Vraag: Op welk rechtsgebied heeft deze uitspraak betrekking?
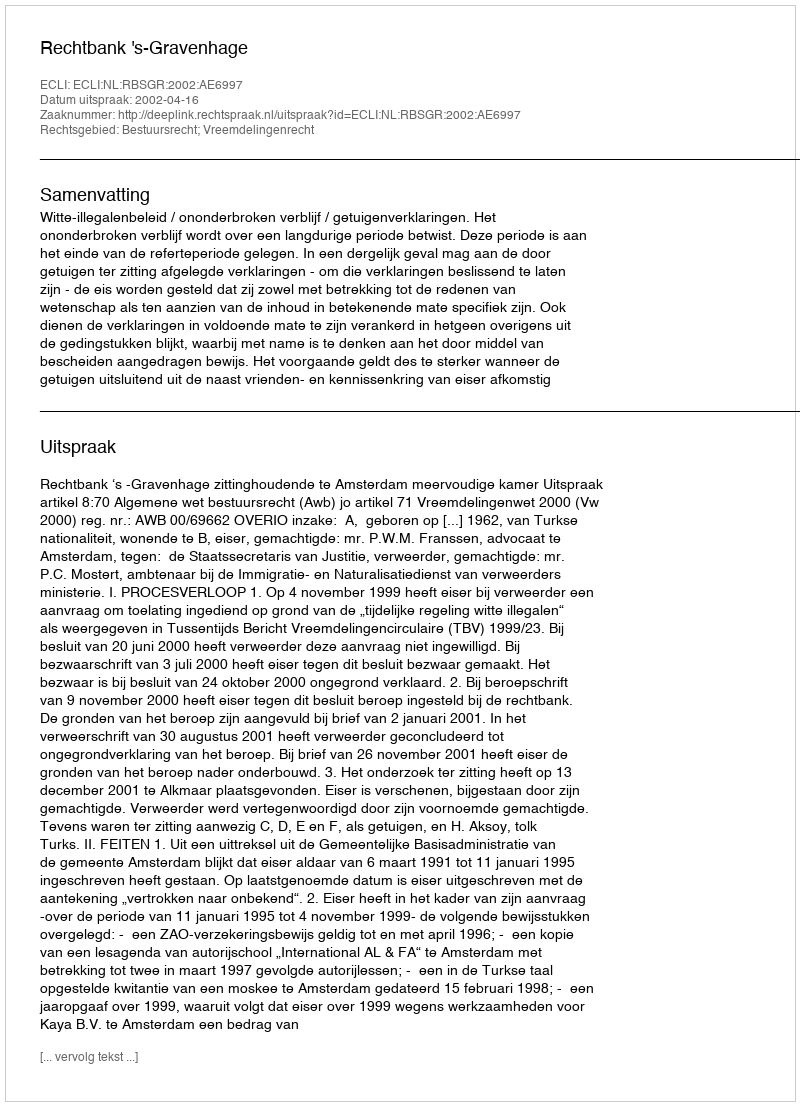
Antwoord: Bestuursrecht; Vreemdelingenrecht